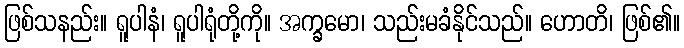
ဖြစ်သနည်း။ ရူပါနံ၊ ရူပါရုံတို့ကို။ အက္ခမော၊ သည်းမခံနိုင်သည်။ ဟောတိ၊ ဖြစ်၏။